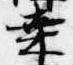
桑